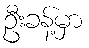
ဦးခန့်မှာ